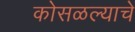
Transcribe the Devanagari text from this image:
कोसळल्याचे